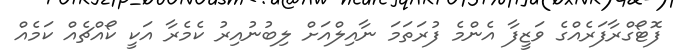
ފޮޓޯގްރާފަރެއްގެ ވަޒީފާ އެންމެ ފުރަތަމަ ނާއިލްއަށް ލިބުނުއިރު ކެމެރާ އަކީ ކޯއްޗެއް ކަމެއް